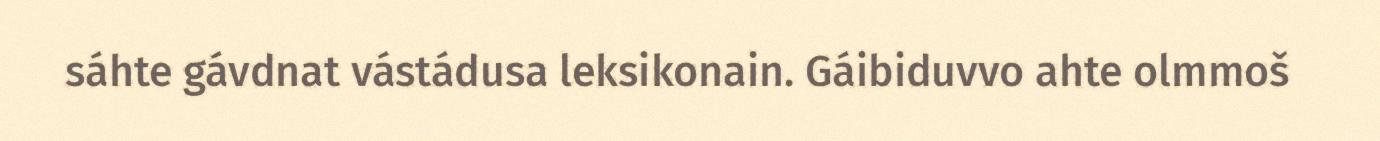
sáhte gávdnat vástádusa leksikonain. Gáibiduvvo ahte olmmoš